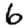
Digit: 6